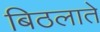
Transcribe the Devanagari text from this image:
बिठलाते